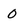
Character: 0